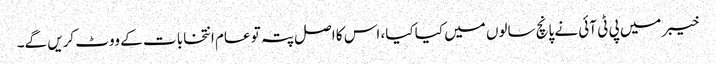
خیبر میں پی ٹی آئی نے پانچ سالوں میں کیا کیا، اس کا اصل پتہ تو عام انتخابا ت کے ووٹ کریں گے۔